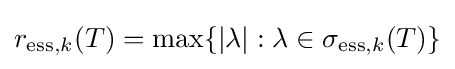
r_{\mathrm {ess} ,k}(T)=\max\{|\lambda |:\lambda \in \sigma _{\mathrm {ess} ,k}(T)\}